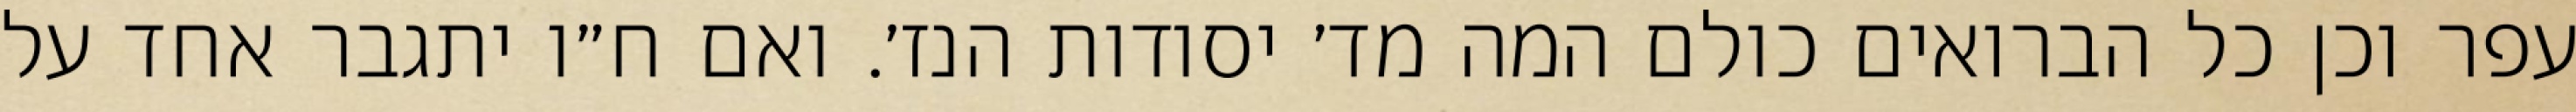
עפר וכן כל הברואים כולם המה מד׳ יסודות הנז׳. ואם ח״ו יתגבר אחד על